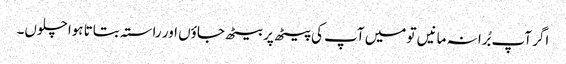
اگر آپ بُرا نہ مانیں تو میں آپ کی پیٹھ پر بیٹھ جاؤں اور راستہ بتاتا ہوا چلوں۔